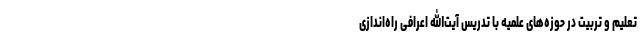
تعلیم و تربیت در حوزه‌های علمیه با تدریس آیت‌الله اعرافی راه‌اندازی